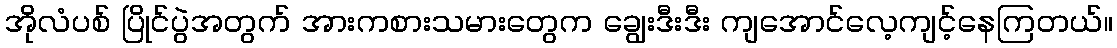
အိုလံပစ် ပြိုင်ပွဲအတွက် အားကစားသမားတွေက ချွေးဒီးဒီး ကျအောင်လေ့ကျင့်နေကြတယ်။